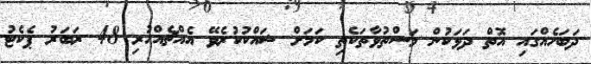
ދަބަހެއްގައި އޮތް ދަޅަކުން މަސްތުވާތަކެތި ކަމަށް ޝައްކުކުރެވޭ އެއްޗެއްހުރި 48 ރަބަރު ޕެކެޓު